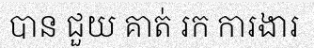
បាន ជួយ គាត់ រក ការងារ